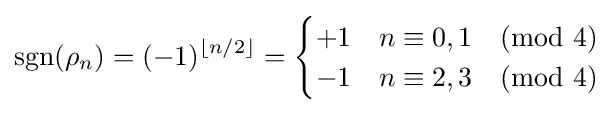
{\mbox{sgn}}(\rho _{n})=(-1)^{\lfloor n/2\rfloor }={\begin{cases}+1&n\equiv 0,1{\pmod {4}}\\-1&n\equiv 2,3{\pmod {4}}\end{cases}}